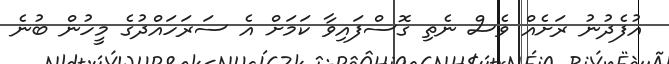
އުފެދުނު ރަށެއް ވެސް ނެތި ގޮސްފައިވާ ކަމަށް އެ ސަރަހައްދުގެ މީހުން ބުނެ